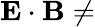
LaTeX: \mathbf{E}\cdot\mathbf{B}\ne